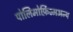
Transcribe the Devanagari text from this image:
पोलिमोर्फ़िज्मअन्य